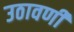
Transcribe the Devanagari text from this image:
उठावणी